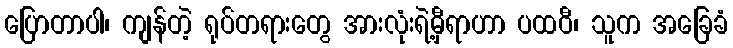
ပြောတာပါ၊ ကျန်တဲ့ ရုပ်တရားတွေ အားလုံးရဲ့မှီရာဟာ ပထဝီ၊ သူက အခြေခံ